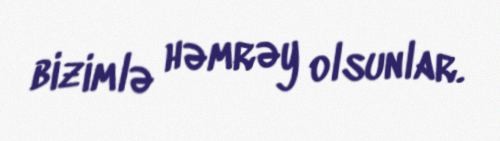
bizimlə həmrəy olsunlar.